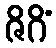
ဇိဂိံ